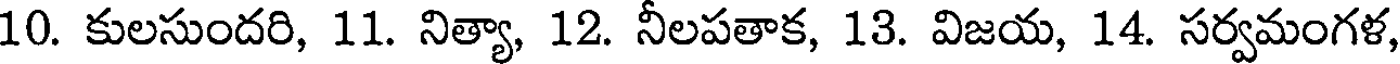
10. కులసుందరి, 11. నిత్యా, 12. నీలపతాక, 13. విజయ, 14. సర్వమంగళ,